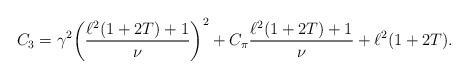
LaTeX: \begin{align*} C_3 = \gamma^2 \bigg(\frac{\ell^2 (1+2T) +1}{\nu}\bigg)^2 + C_{\pi} \frac{\ell^2 (1+2T) +1}{\nu} +\ell^2 (1+2T).\end{align*}